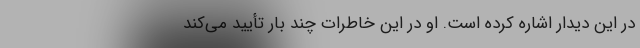
در این دیدار اشاره کرده است. او در این خاطرات چند بار تأیید می‌کند